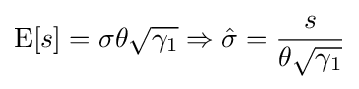
{\rm {E}}[s]=\sigma \theta {\sqrt {\gamma _{1}}}\Rightarrow {\hat {\sigma }}={\frac {s}{\theta {\sqrt {\gamma _{1}}}}}